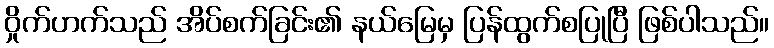
ဝှိုက်ဟက်သည် အိပ်စက်ခြင်း၏ နယ်မြေမှ ပြန်ထွက်စပြုပြီ ဖြစ်ပါသည်။